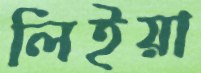
লিইয়া